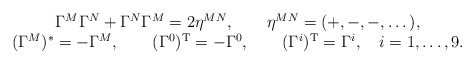
\begin{align*}\begin{array}{c} \Gamma^M\Gamma^N+\Gamma^N\Gamma^M=2\eta^{MN}, \qquad\eta^{MN}=(+,-,-,\dots),\\(\Gamma^M)^*=-\Gamma^M, \qquad (\Gamma^0)^{\rm T}=-\Gamma^0, \qquad(\Gamma^i)^{\rm T}=\Gamma^i, \quad i=1,\dots,9.\end{array}\end{align*}